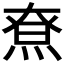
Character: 𤋯